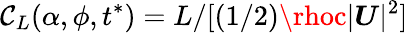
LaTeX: \mathcal{C}_{L}(\alpha,\phi,t^{*})=L/[\left(1/2\right)\rhoc|\boldsymbol{U}|^{2}]